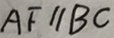
A F / / B C